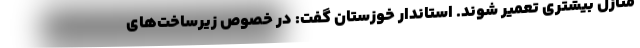
منازل بیشتری تعمیر شوند. استاندار خوزستان گفت: در خصوص زیرساخت‌های